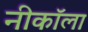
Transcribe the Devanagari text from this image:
नीकॉला